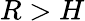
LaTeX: R>H